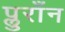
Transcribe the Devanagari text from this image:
प्लुराँन